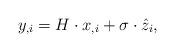
LaTeX: \begin{align*}y_{,i} = H \cdot x_{,i} + \sigma \cdot \hat{z}_i,\end{align*}